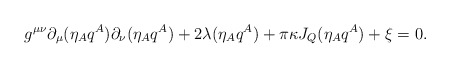
\begin{align*}g^{\mu\nu}\partial_{\mu} (\eta_A q^A)\partial_{\nu} (\eta_A q^A)+2 \lambda (\eta_A q^A)+{\pi \kappa} J_Q(\eta_A q^A)+\xi=0.\end{align*}